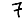
Digit: 7